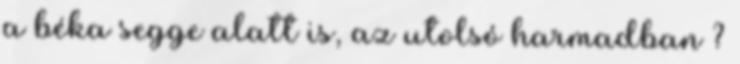
a béka segge alatt is, az utolsó harmadban ?